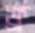
ফ্র